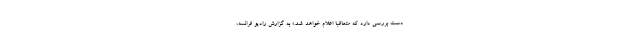
دست بررسی دارد که متعاقبا اعلام خواهد شد.» به گزارش رادیو فرانسه،